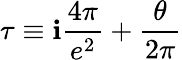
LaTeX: \tau\equiv\mathbf{i}\frac{{4\pi}}{{e^{2}}}+\frac{{\theta}}{{2\pi}}